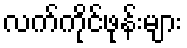
လက်ကိုင်ဖုန်းများ